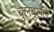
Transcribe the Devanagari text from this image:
बुलबुलेले